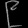
Digit: ၉